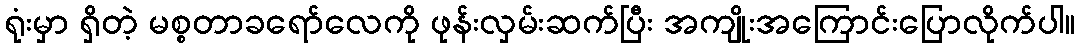
ရုံးမှာ ရှိတဲ့ မစ္စတာခရော်လေကို ဖုန်းလှမ်းဆက်ပြီး အကျိုးအကြောင်းပြောလိုက်ပါ။